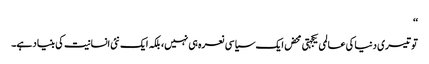
‘‘
تو تیسری دنیا کی عالمی یکجہتی محض ایک سیاسی نعرہ ہی نہیں، بلکہ ایک نئی انسانیت کی بنیاد ہے۔